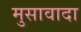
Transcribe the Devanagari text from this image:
मुसावादा